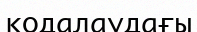
кодалаудағы